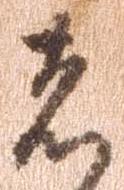
者